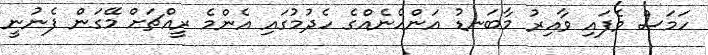
ހަމަސް ވެފައި ވާއިރު މާބަނޑު އަންހެނެއްގެ ހެދުމުގައި އެންމެ ރީއްޗަށް މޭގަން ފެނުނީ